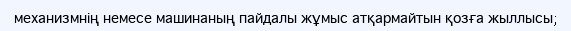
механизмнің немесе машинаның пайдалы жұмыс атқармайтын қозға жыллысы;